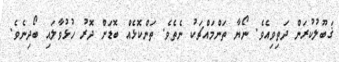
ޤަބޫލުކުރަން ދަތިވިއެވެ. ނޯޔާ ތަންމައްޗަކު ނެތެވެ. ތަންކޮޅެއް ބޮޑަށް ދޮރު ހުޅުވާލައި ބޯދިނެވެ.